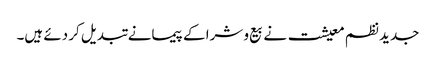
جدید نظم معیشت نے بیع و شرا کے پیمانے تبدیل کر دئے ہیں۔